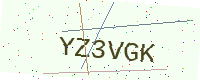
Text: YZ3VGK